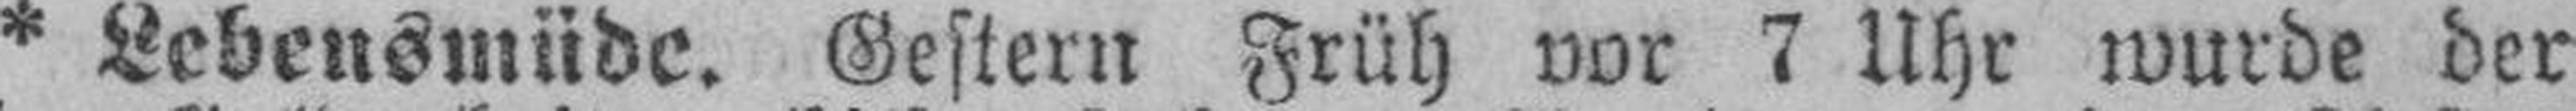
* Lebensmüde. Gestern Früh vor 7 Uhr wurde der